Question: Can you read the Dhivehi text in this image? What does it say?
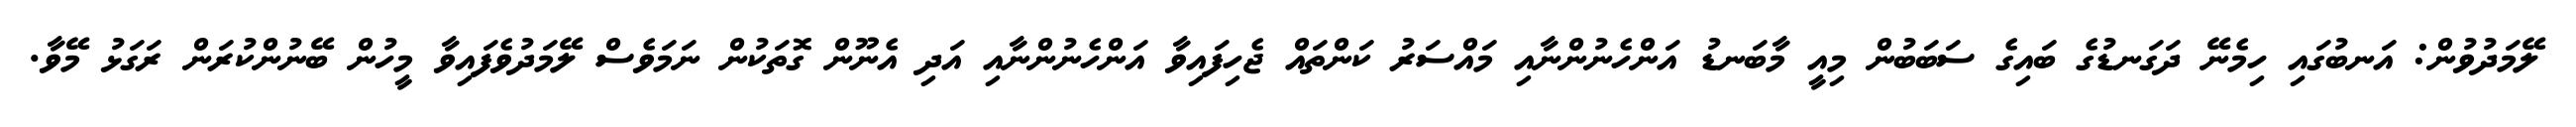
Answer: ލޭމަދުވުން: އަނބުގައި ހިމެނޭ ދަގަނޑުގެ ބައިގެ ސަބަބުން މިއީ މާބަނޑު އަންހެނުންނާއި މައްސަރު ކަންތައް ޖެހިފައިވާ އަންހެނުންނާއި އަދި އެނޫން ގޮތަކުން ނަމަވެސް ލޭމަދުވެފައިވާ މީހުން ބޭނުންކުރަން ރަގަޅު މޭވާ.